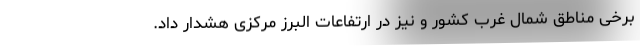
برخی مناطق شمال غرب کشور و نیز در ارتفاعات البرز مرکزی هشدار داد.